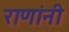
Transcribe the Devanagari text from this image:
राणांनी